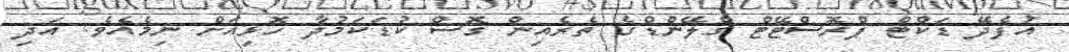
އުފެދޭ ޑަކްޓް ޕްރޮސްޓޭޓް ގްލޭންޑްގެ ތެރެއިން ގޮސް ކުޑަކަމުދާ ހޮޅިއަށް ނިމެއެވެ. އަދި